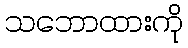
သဘောထားကို